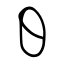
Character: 日